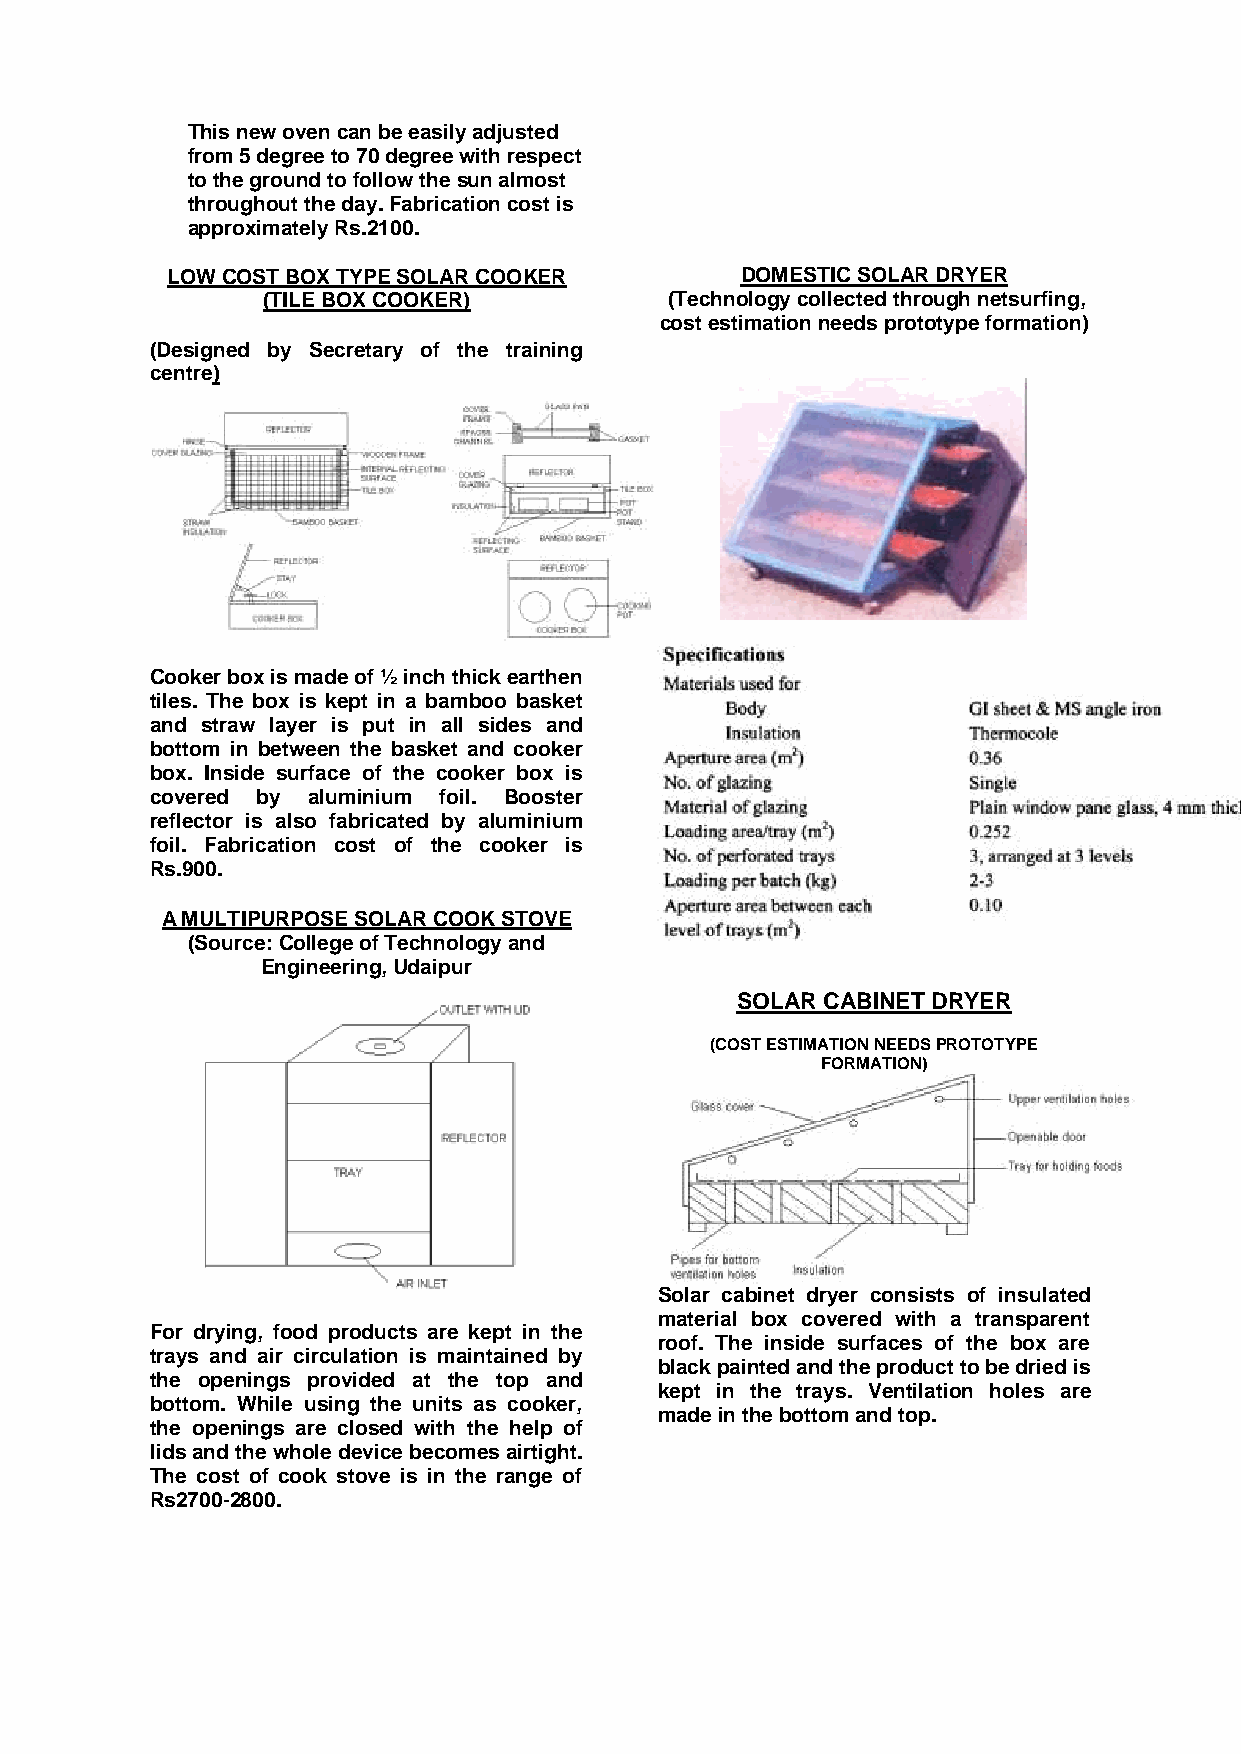
This new oven can be easily adjusted
 from 5 degree to 70 degree with respect
 to the ground to follow the sun almost
 throughout the day. Fabrication cost is
 approximately Rs.2100.
 LOW COST BOX TYPE SOLAR COOKER        DOMESTIC SOLAR DRYER
 (TILE BOX COOKER)          (Technology collected through netsurfing,
 cost estimation needs prototype formation)
 (Designed by Secretary of the training
 centre)
 Cooker box is made of ½ inch thick earthen
 tiles. The box is kept in a bamboo basket
 and straw layer is put in all sides and
 bottom in between the basket and cooker
 box. Inside surface of the cooker box is
 covered by aluminium foil. Booster
 reflector is also fabricated by aluminium
 foil. Fabrication cost of the cooker is
 Rs.900.
 A MULTIPURPOSE SOLAR COOK STOVE
 (Source: College of Technology and
 Engineering, Udaipur
 SOLAR CABINET DRYER
 (COST ESTIMATION NEEDS PROTOTYPE
 FORMATION)
 Solar cabinet dryer consists of insulated
 material box covered with a transparent
 For drying, food products are kept in the
 roof. The inside surfaces of the box are
 trays and air circulation is maintained by
 black painted and the product to be dried is
 the openings provided at the top and
 kept in the trays. Ventilation holes are
 bottom. While using the units as cooker,
 made in the bottom and top.
 the openings are closed with the help of
 lids and the whole device becomes airtight.
 The cost of cook stove is in the range of
 Rs2700-2800.